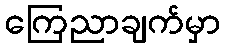
ကြေညာချက်မှာ